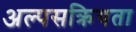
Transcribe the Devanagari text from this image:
अल्पसक्रियता